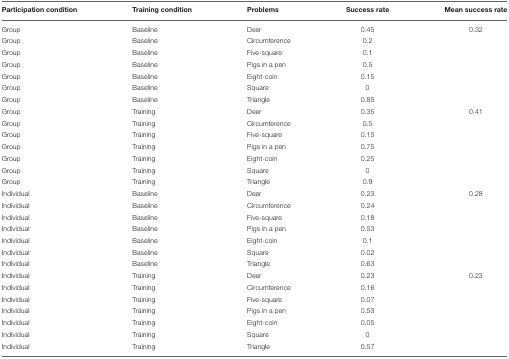
<table><thead><tr><td><b>Participation condition</b></td><td><b>Training condition</b></td><td><b>Problems</b></td><td><b>Success rate</b></td><td><b>Mean success rate</b></td></tr></thead><tbody><tr><td>Group</td><td>Baseline</td><td>Deer</td><td>0.45</td><td>0.32</td></tr><tr><td>Group</td><td>Baseline</td><td>Circumference</td><td>0.2</td><td></td></tr><tr><td>Group</td><td>Baseline</td><td>Five-square</td><td>0.1</td><td></td></tr><tr><td>Group</td><td>Baseline</td><td>Pigs in a pen</td><td>0.5</td><td></td></tr><tr><td>Group</td><td>Baseline</td><td>Eight-coin</td><td>0.15</td><td></td></tr><tr><td>Group</td><td>Baseline</td><td>Square</td><td>0</td><td></td></tr><tr><td>Group</td><td>Baseline</td><td>Triangle</td><td>0.85</td><td></td></tr><tr><td>Group</td><td>Training</td><td>Deer</td><td>0.35</td><td>0.41</td></tr><tr><td>Group</td><td>Training</td><td>Circumference</td><td>0.5</td><td></td></tr><tr><td>Group</td><td>Training</td><td>Five-square</td><td>0.15</td><td></td></tr><tr><td>Group</td><td>Training</td><td>Pigs in a pen</td><td>0.75</td><td></td></tr><tr><td>Group</td><td>Training</td><td>Eight-coin</td><td>0.25</td><td></td></tr><tr><td>Group</td><td>Training</td><td>Square</td><td>0</td><td></td></tr><tr><td>Group</td><td>Training</td><td>Triangle</td><td>0.9</td><td></td></tr><tr><td>Individual</td><td>Baseline</td><td>Deer</td><td>0.23</td><td>0.28</td></tr><tr><td>Individual</td><td>Baseline</td><td>Circumference</td><td>0.24</td><td></td></tr><tr><td>Individual</td><td>Baseline</td><td>Five-square</td><td>0.18</td><td></td></tr><tr><td>Individual</td><td>Baseline</td><td>Pigs in a pen</td><td>0.53</td><td></td></tr><tr><td>Individual</td><td>Baseline</td><td>Eight-coin</td><td>0.1</td><td></td></tr><tr><td>Individual</td><td>Baseline</td><td>Square</td><td>0.02</td><td></td></tr><tr><td>Individual</td><td>Baseline</td><td>Triangle</td><td>0.63</td><td></td></tr><tr><td>Individual</td><td>Training</td><td>Deer</td><td>0.23</td><td>0.23</td></tr><tr><td>Individual</td><td>Training</td><td>Circumference</td><td>0.16</td><td></td></tr><tr><td>Individual</td><td>Training</td><td>Five-square</td><td>0.07</td><td></td></tr><tr><td>Individual</td><td>Training</td><td>Pigs in a pen</td><td>0.53</td><td></td></tr><tr><td>Individual</td><td>Training</td><td>Eight-coin</td><td>0.05</td><td></td></tr><tr><td>Individual</td><td>Training</td><td>Square</td><td>0</td><td></td></tr><tr><td>Individual</td><td>Training</td><td>Triangle</td><td>0.57</td><td></td></tr></tbody></table>